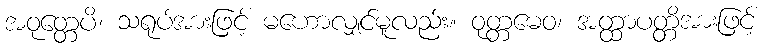
အဝုတ္တေပိ၊ သရုပ်အားဖြင့် မဟောလျှင်မူလည်း။ ဝုတ္တမေဝ၊ အတ္ထာပတ္တိအားဖြင့်